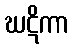
ဃဋိကာ